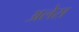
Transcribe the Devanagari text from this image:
अलेस